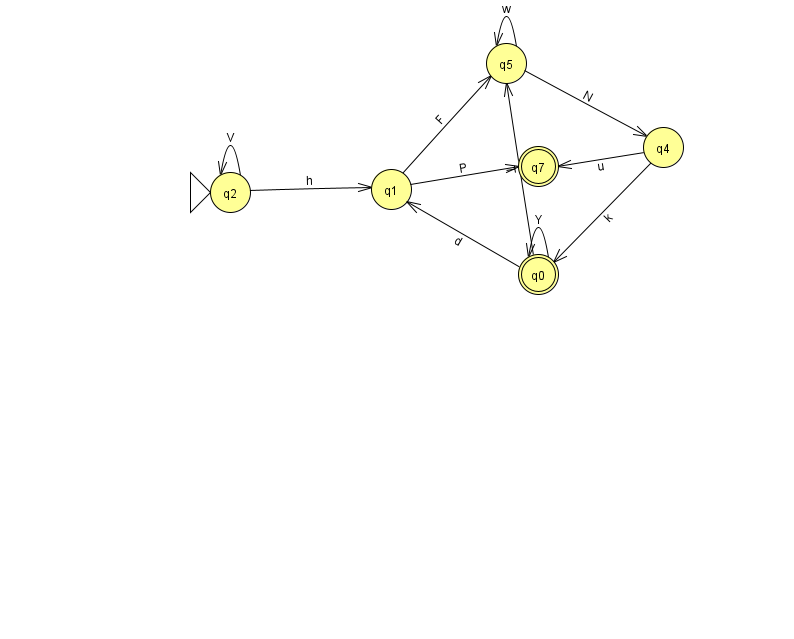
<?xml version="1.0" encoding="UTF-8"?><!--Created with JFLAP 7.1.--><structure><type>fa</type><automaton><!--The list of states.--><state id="0" name="q0"><x>538.0</x><y>261.0</y><final/></state><state id="1" name="q1"><x>391.0</x><y>176.0</y></state><state id="2" name="q2"><x>230.0</x><y>179.0</y><initial/></state><state id="4" name="q4"><x>663.0</x><y>134.0</y></state><state id="5" name="q5"><x>506.0</x><y>50.0</y></state><state id="7" name="q7"><x>538.0</x><y>153.0</y><final/></state><!--The list of transitions.--><transition><from>4</from><to>7</to><read>u</read></transition><transition><from>5</from><to>4</to><read>N</read></transition><transition><from>1</from><to>5</to><read>F</read></transition><transition><from>2</from><to>2</to><read>V</read></transition><transition><from>2</from><to>1</to><read>h</read></transition><transition><from>5</from><to>5</to><read>w</read></transition><transition><from>4</from><to>0</to><read>k</read></transition><transition><from>0</from><to>0</to><read>Y</read></transition><transition><from>0</from><to>1</to><read>d</read></transition><transition><from>0</from><to>5</to><read>T</read></transition><transition><from>1</from><to>7</to><read>P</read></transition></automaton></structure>